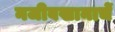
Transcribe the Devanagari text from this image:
नजीबखानाचें